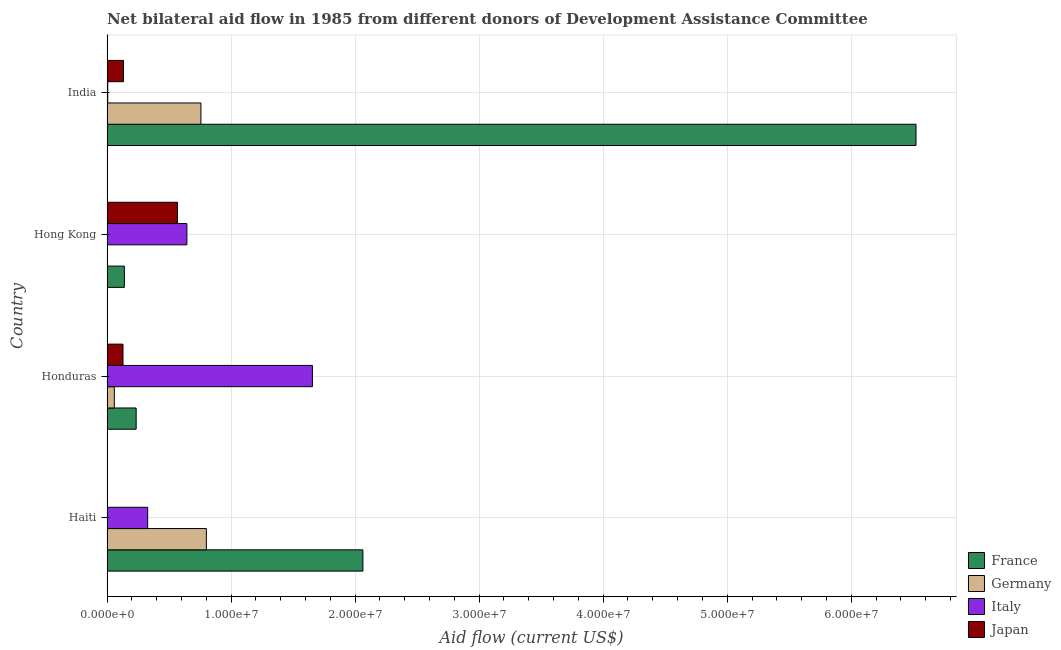
| Country | France | Germany | Italy | Japan |
 | --- | --- | --- | --- | --- |
 | Haiti | 2.06e+07 | 8.01e+06 | 3.28e+06 | 3e+04 |
 | Honduras | 2.35e+06 | 5.9e+05 | 1.66e+07 | 1.29e+06 |
 | Hong Kong | 1.4e+06 | -1.4e+05 | 6.44e+06 | 5.68e+06 |
 | India | 6.52e+07 | 7.57e+06 | 6e+04 | 1.33e+06 |